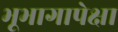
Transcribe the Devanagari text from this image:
भूभागापेक्षा